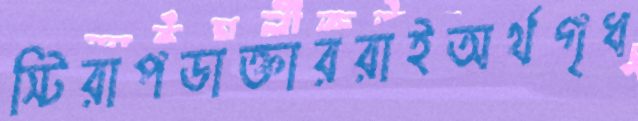
স্টিরাপডাক্তাররাইঅর্থগৃধ